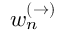
w _ { n } ^ { ( \to ) }